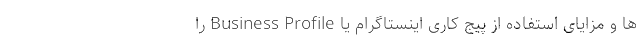
ها و مزایای استفاده از پیج کاری اینستاگرام یا Business Profile را